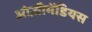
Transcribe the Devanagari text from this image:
ओज़ीमेंडियस